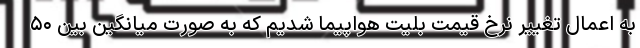
به اعمال تغییر نرخ قیمت بلیت هواپیما شدیم که به صورت میانگین بین ۵۰